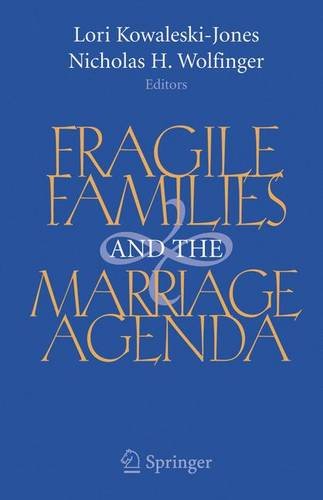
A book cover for Fragile Families and the Marriage Agenda; Parenting & Relationships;